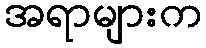
အရာများက